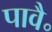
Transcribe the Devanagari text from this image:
पावै॰